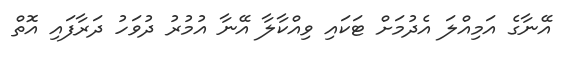
އޭނާގެ އަމިއްލަ އެދުމަށް ޓަކައި ވިއްްކާލާ އޭނާ އުމުރު ދުވަހު ދަރާފައި އޮތް